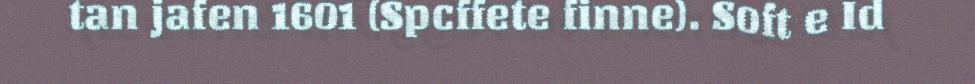
tan jafen 1601 (Spcffete finne). Soft e Id